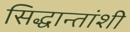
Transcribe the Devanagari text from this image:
सिद्धान्तांशी